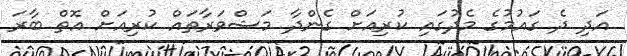
އަދި ދެ ގައުމުގެ މެދުގައި ކުރިއަށް ގެންދާ މަޝްވަރާތައް ކުރިއަށް އޮތް ބާރަ